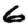
Digit: 6